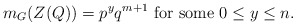
\begin{align*}m_G(Z(Q))=p^yq^{m+1} \mbox{ for some } 0\leq y\leq n.\end{align*}